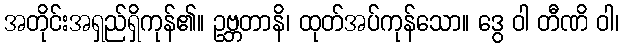
အတိုင်းအရှည်ရှိကုန်၏။ ဥဗ္ဘတာနိ၊ ထုတ်အပ်ကုန်သော။ ဒွေ ဝါ တီဏိ ဝါ၊